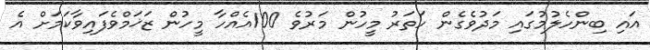
އައި ބިންހެލުމުގައި މަދުވެގެން ހަތަރު މީހުން މަރުވެ 100އެއްހާ މީހުން ޒަޚަމްވެފައިވާކަމަށް އެ